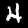
Label: 4